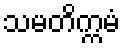
သမတိက္ကမံ